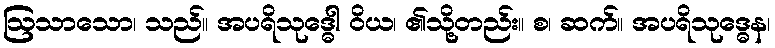
ဩသာသော၊ သည်။ အပရိသုဒ္ဓေါ ဝိယ၊ ၏သို့တည်း။ စ၊ ဆက်။ အပရိသုဒ္ဓေန၊